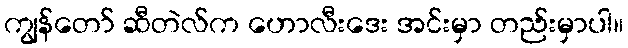
ကျွန်တော် ဆီတဲလ်က ဟောလီးဒေး အင်းမှာ တည်းမှာပါ။